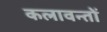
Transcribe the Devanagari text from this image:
कलावन्तों